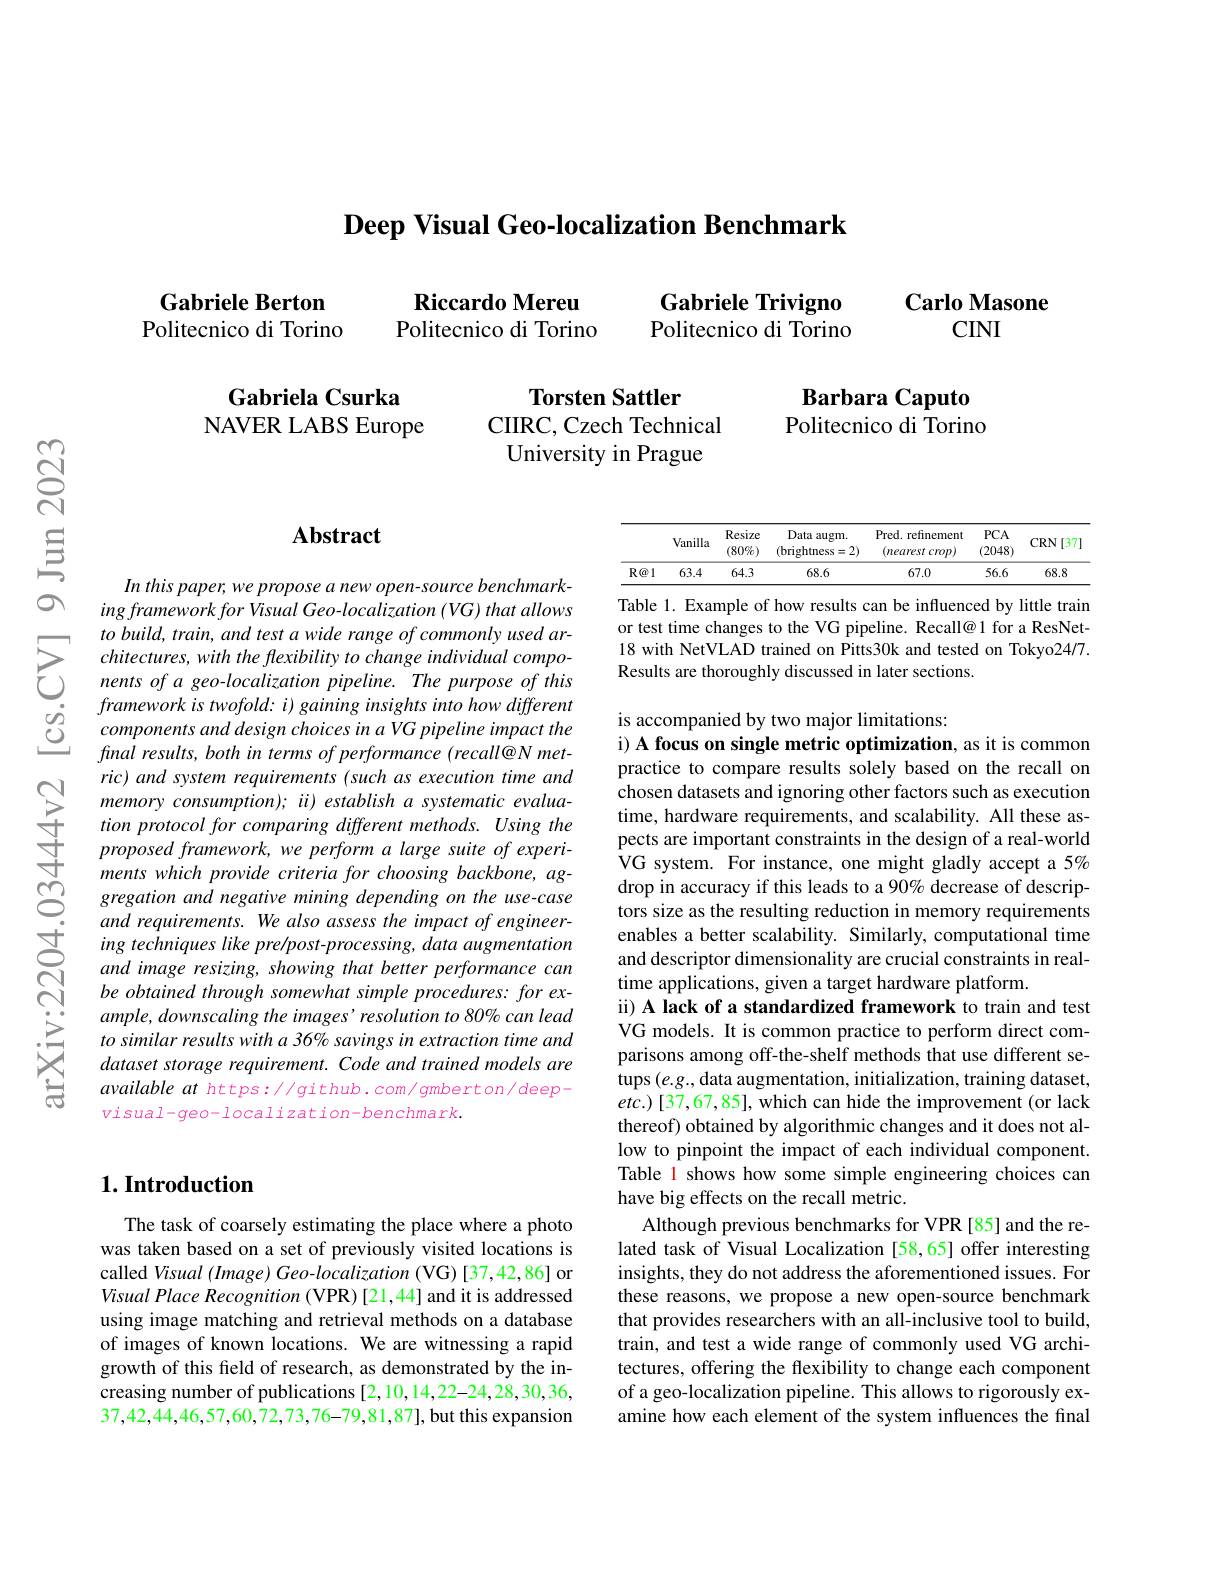
Deep Visual Geo-localization Benchmark

Gabriele Berton Politecnico di Torino

Carlo Masone
CINI

Gabriele Trivigno Politecnico di Torino

Riccardo Mereu Politecnico di Torino

## Gabriela Csurka NAVER LABS Europe

Barbara Caputo Politecnico di Torino

Torsten Sattler
CIIRC, Czech Technical
University in Prague

## Abstract

In this paper, we propose a new open- source benchmarking framework for Visual Geo- localization ( VG) that allows $tobuild,train,and$ test a wide range of commonly used ar-
$\begin{array}{lll}{\dot{o}}&{framework~is~twofold:~i)~gaining~}\end{array}$
ric) and system requirements (such as execution time and memory consumption); ii) establish a systematic evaluation protocol for comparing different methods. Using the proposed framework, we perform a large suite of experiments which provide criteria for choosing backbone, aggregation and negative mining depending on the use-case and requirements. We also assess the impact of engineering techniques like pre/post-processing, data augmentation and image resizing, showing that better performance can be obtained through somewhat simple procedures: for example, downscaling the images' resolution to 80% can lead $to\textit{ similar results with a 3690 savings in extraction time and}$ dataset storage requirement. Code and trained models are available at https: / / github. com/ gmberton/ deepvisual-geo-localization-benchmark.

<table>
	<tbody>
		<tr>
			<th> </th>
			<th>Vanilla</th>
			<th>Resize $(80\%)$</th>
			<th>Data augm. (brightness=2)</th>
			<th>Pred. refinement (nearest crop)</th>
			<th>$PCA$ (2048)</th>
			<th>CRN[37</th>
		</tr>
		<tr>
			<td>$R@1$</td>
			<td>63.4</td>
			<td>64.3</td>
			<td>68.6</td>
			<td>67.0</td>
			<td>56.6</td>
			<td>68.8</td>
		</tr>
	</tbody>
</table>

Table 1. Example of how results can be influenced by little train or test time changes to the VG pipeline. Recall@ 1 for a ResNet- 18 with NetVLAD trained on Pitts30k and tested on Tokyo24/7.
to build, train, and test a wide range of commonly used ar- o tes tulle chalges to t V plplen. Retente tange to t pleresten chitectures, with he fexxibility to change individual compo- 18 with NetVLAD trained on Pitts30k and testecons. nens.

is accompanied by two major limitations:
i) A focus on single metric optimization, as it is common

practice to compare results solely based on the recall on chosen datasets and ignoring other factors such as execution time, hardware requirements, and scalability. All these aspects are important constraints in the design of a real-world $\mathrm{\hat{V}G~system.~For~instance,~one~might~gladly~accept~a~5%}$ drop in accuracy if this leads to a 90% decrease of descriptors size as the resulting reduction in memory requirements enables a better scalability. Similarly, computational time and descriptor dimensionality are crucial constraints in realtime applications, given a target hardware platform.
ii) A lack of a standardized framework to train and test VG models. It is common practice to perform direct comparisons among off-the-shelf methods that use different setups $(e.g.$,data augmentation, initialization, training dataset, $etc.)[37,67,85]$, which can hide the improvement (or lack thereof) obtained by algorithmic changes and it does not allow to pinpoint the impact of each individual component. Table 1 shows how some simple engineering choices can have big effects on the recall metric.
Although previous benchmarks for VPR [85] and the related task of Visual Localization [58,65] offer interesting insights, they do not address the aforementioned issues. For these reasons, we propose a new open-source benchmark that provides researchers with an all-inclusive tool to build, train, and test a wide range of commonly used VG architectures, offering the flexibility to change each component of a geo-localization pipeline. This allows to rigorously examine how each element of the system influences the final

## $1. \textbf{Introduction}$

The task of coarsely estimating the place where a photo was taken based on a set of previously visited locations is called Visual $( Image) \textit{Geo- localization ( VG) [ 37, 42, 86] or}$ Visual Place Recognition (VPR) [21,44] and it is addressed using image matching and retrieval methods on a database of images of known locations. We are witnessing a rapid growth of this feld of research, as demonstrated by the increasing number of publications [2,10,14,22-24,28,30,36, 37,42,44,46,57,60,72,73,76-79,81,87],but this expansion